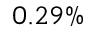
0 . 2 9 \%